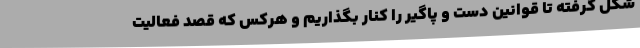
شکل گرفته تا قوانین دست و پاگیر را کنار بگذاریم و هرکس که قصد فعالیت